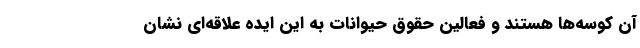
آن کوسه‌ها هستند و فعالین حقوق حیوانات به این ایده علاقه‌ای نشان